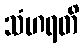
သံဟရတိ